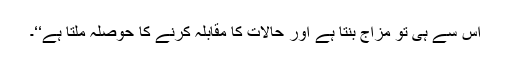
اس سے ہی تو مزاج بنتا ہے اور حالات کا مقابلہ کرنے کا حوصلہ ملتا ہے‘‘۔